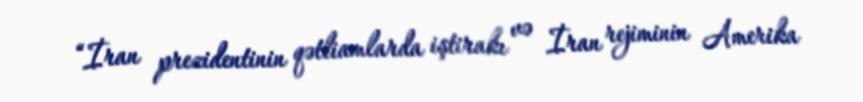
“İran prezidentinin qətliamlarda iştirakı və İran rejiminin Amerika